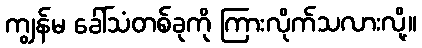
ကျွန်မ ခေါ်သံတစ်ခုကို ကြားလိုက်သလားလို့။